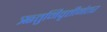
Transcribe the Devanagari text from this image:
ऋतुनिवृत्तीनंतर